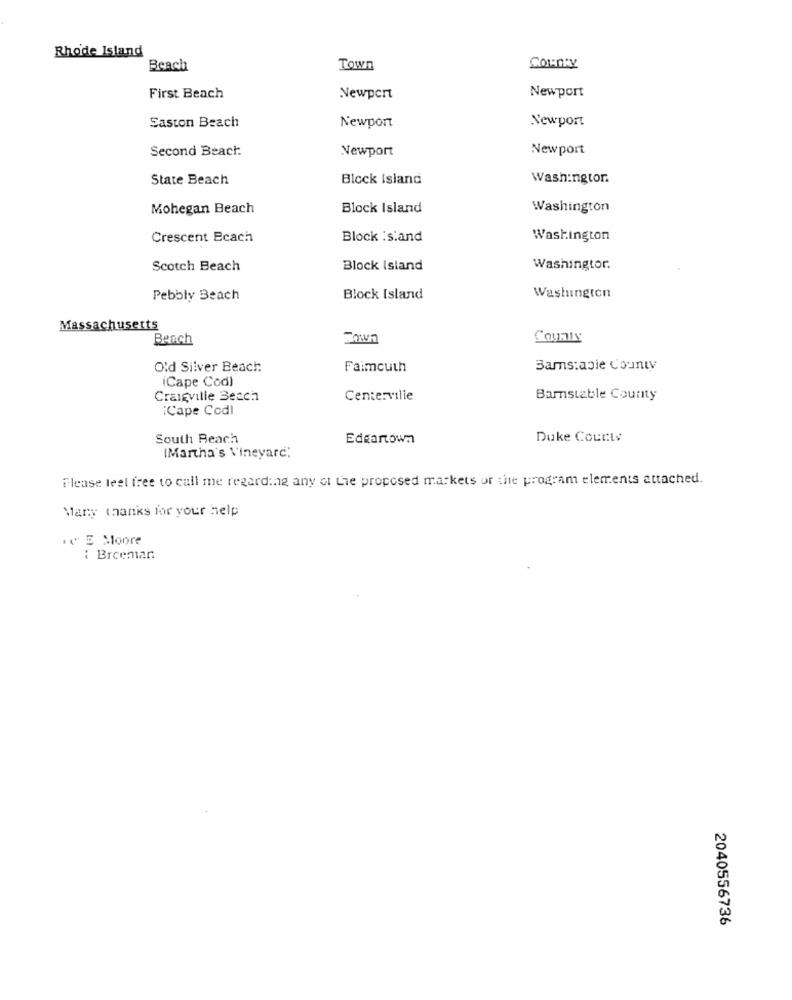
Rhode Island
Beach
Town
COLD'Y
First Beach
Newport
Newport
Newport
Saston Beach
Newport
Second Beach
Newport
Newport
State Beach
Block Island
Washington.
Mohegan Beach
Block Island
Washington
Crescent Ecach
Block : s:and
Washington
Scotch Beach
Block Island
Washingtor.
Pebbly Beach
Block Island
Washington
Massachusetts
Beach
County
Old Silver Beach:
Faimcuth
Bams:apie County
(Cape Cod)
Craigville Beach
Centerville
Barnstable County
¡Cape Codl
South Beach
Edgartown
Duke County
(Martha's Vineyard.
Please feel free to call me regarding any of the proposed markets of the program elements attached.
Many thanks for your help
. E Moore
: Breeman
2040556736